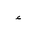
Letter: _hamza